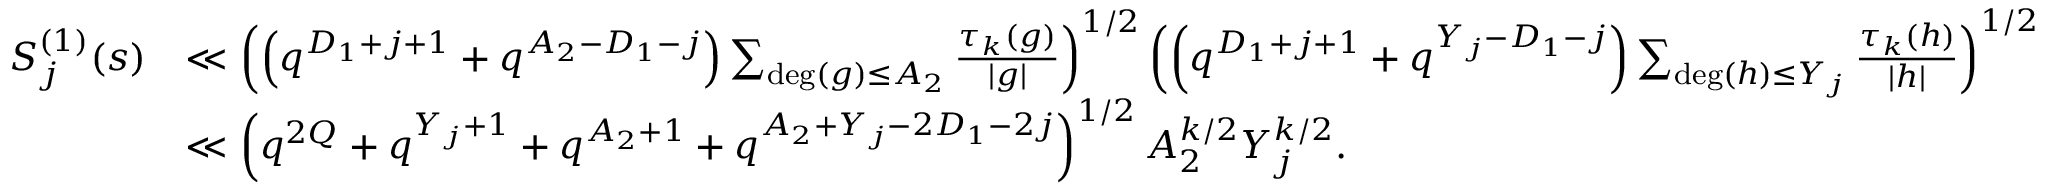
\begin{array} { r l } { S _ { j } ^ { ( 1 ) } ( s ) } & { \ll \left( \left( q ^ { D _ { 1 } + j + 1 } + q ^ { A _ { 2 } - D _ { 1 } - j } \right) \sum _ { \deg ( g ) \leq A _ { 2 } } \frac { \tau _ { k } ( g ) } { | g | } \right) ^ { 1 / 2 } \left( \left( q ^ { D _ { 1 } + j + 1 } + q ^ { Y _ { j } - D _ { 1 } - j } \right) \sum _ { \deg ( h ) \leq Y _ { j } } \frac { \tau _ { k } ( h ) } { | h | } \right) ^ { 1 / 2 } } \\ & { \ll \left( q ^ { 2 Q } + q ^ { Y _ { j } + 1 } + q ^ { A _ { 2 } + 1 } + q ^ { A _ { 2 } + Y _ { j } - 2 D _ { 1 } - 2 j } \right) ^ { 1 / 2 } A _ { 2 } ^ { k / 2 } Y _ { j } ^ { k / 2 } . } \end{array}